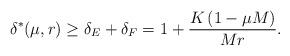
LaTeX: \begin{align*}\delta^*(\mu,r) \geq \delta_E + \delta_F = 1 + \frac{K\left(1 - \mu M \right)}{Mr} .\end{align*}